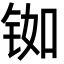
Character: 铷